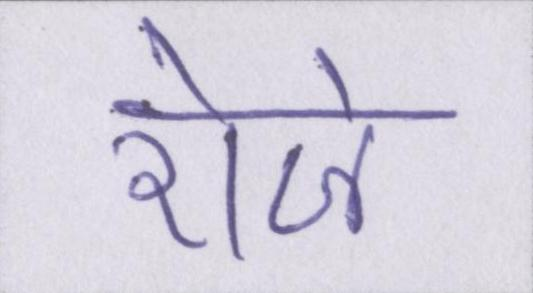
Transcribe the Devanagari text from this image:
रोजे